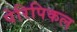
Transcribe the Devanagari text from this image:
पेरिपिकल